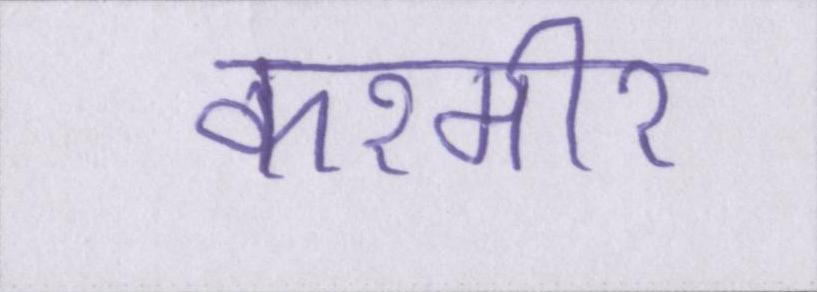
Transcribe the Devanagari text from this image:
कश्मीर